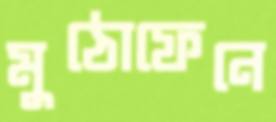
মুঠোফেনে